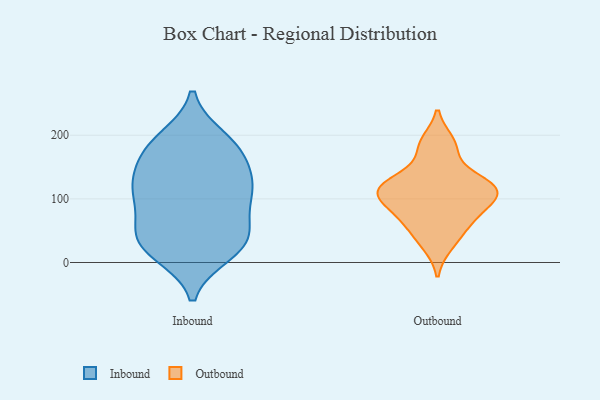
{"axis": {"x": "Population (Million)", "y": "Value"}, "legend": ["Inbound", "Outbound"], "data": [{"x": "", "y": 34, "type": "Inbound"}, {"x": "", "y": 56, "type": "Inbound"}, {"x": "", "y": 124, "type": "Inbound"}, {"x": "", "y": 179, "type": "Inbound"}, {"x": "", "y": 14, "type": "Inbound"}, {"x": "", "y": 164, "type": "Inbound"}, {"x": "", "y": 116, "type": "Inbound"}, {"x": "", "y": 20, "type": "Inbound"}, {"x": "", "y": 92, "type": "Inbound"}, {"x": "", "y": 115, "type": "Inbound"}, {"x": "", "y": 37, "type": "Inbound"}, {"x": "", "y": 109, "type": "Inbound"}, {"x": "", "y": 190, "type": "Inbound"}, {"x": "", "y": 195, "type": "Inbound"}, {"x": "", "y": 127, "type": "Inbound"}, {"x": "", "y": 58, "type": "Inbound"}, {"x": "", "y": 27, "type": "Inbound"}, {"x": "", "y": 168, "type": "Inbound"}, {"x": "", "y": 78, "type": "Outbound"}, {"x": "", "y": 189, "type": "Outbound"}, {"x": "", "y": 130, "type": "Outbound"}, {"x": "", "y": 128, "type": "Outbound"}, {"x": "", "y": 97, "type": "Outbound"}, {"x": "", "y": 117, "type": "Outbound"}, {"x": "", "y": 28, "type": "Outbound"}, {"x": "", "y": 103, "type": "Outbound"}, {"x": "", "y": 51, "type": "Outbound"}, {"x": "", "y": 179, "type": "Outbound"}, {"x": "", "y": 118, "type": "Outbound"}, {"x": "", "y": 68, "type": "Outbound"}, {"x": "", "y": 108, "type": "Outbound"}]}